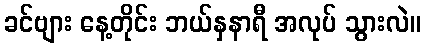
ခင်ဗျား နေ့တိုင်း ဘယ်နှနာရီ အလုပ် သွားလဲ။